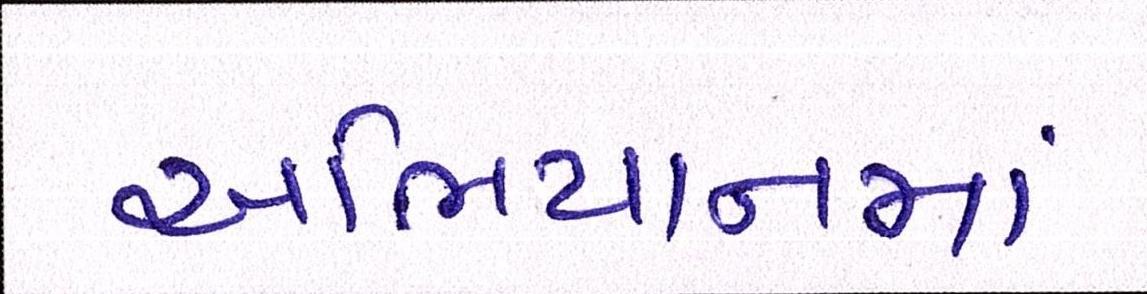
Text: અભિયાનમાં